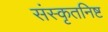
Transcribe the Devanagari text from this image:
संस्कृतनिष्ट